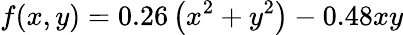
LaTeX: f(x,y)=0.26\left(x^{2}+y^{2}\right)-0.48xy